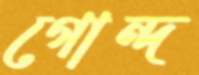
গোন্দ